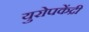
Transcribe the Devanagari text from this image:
युरोपकेंद्री